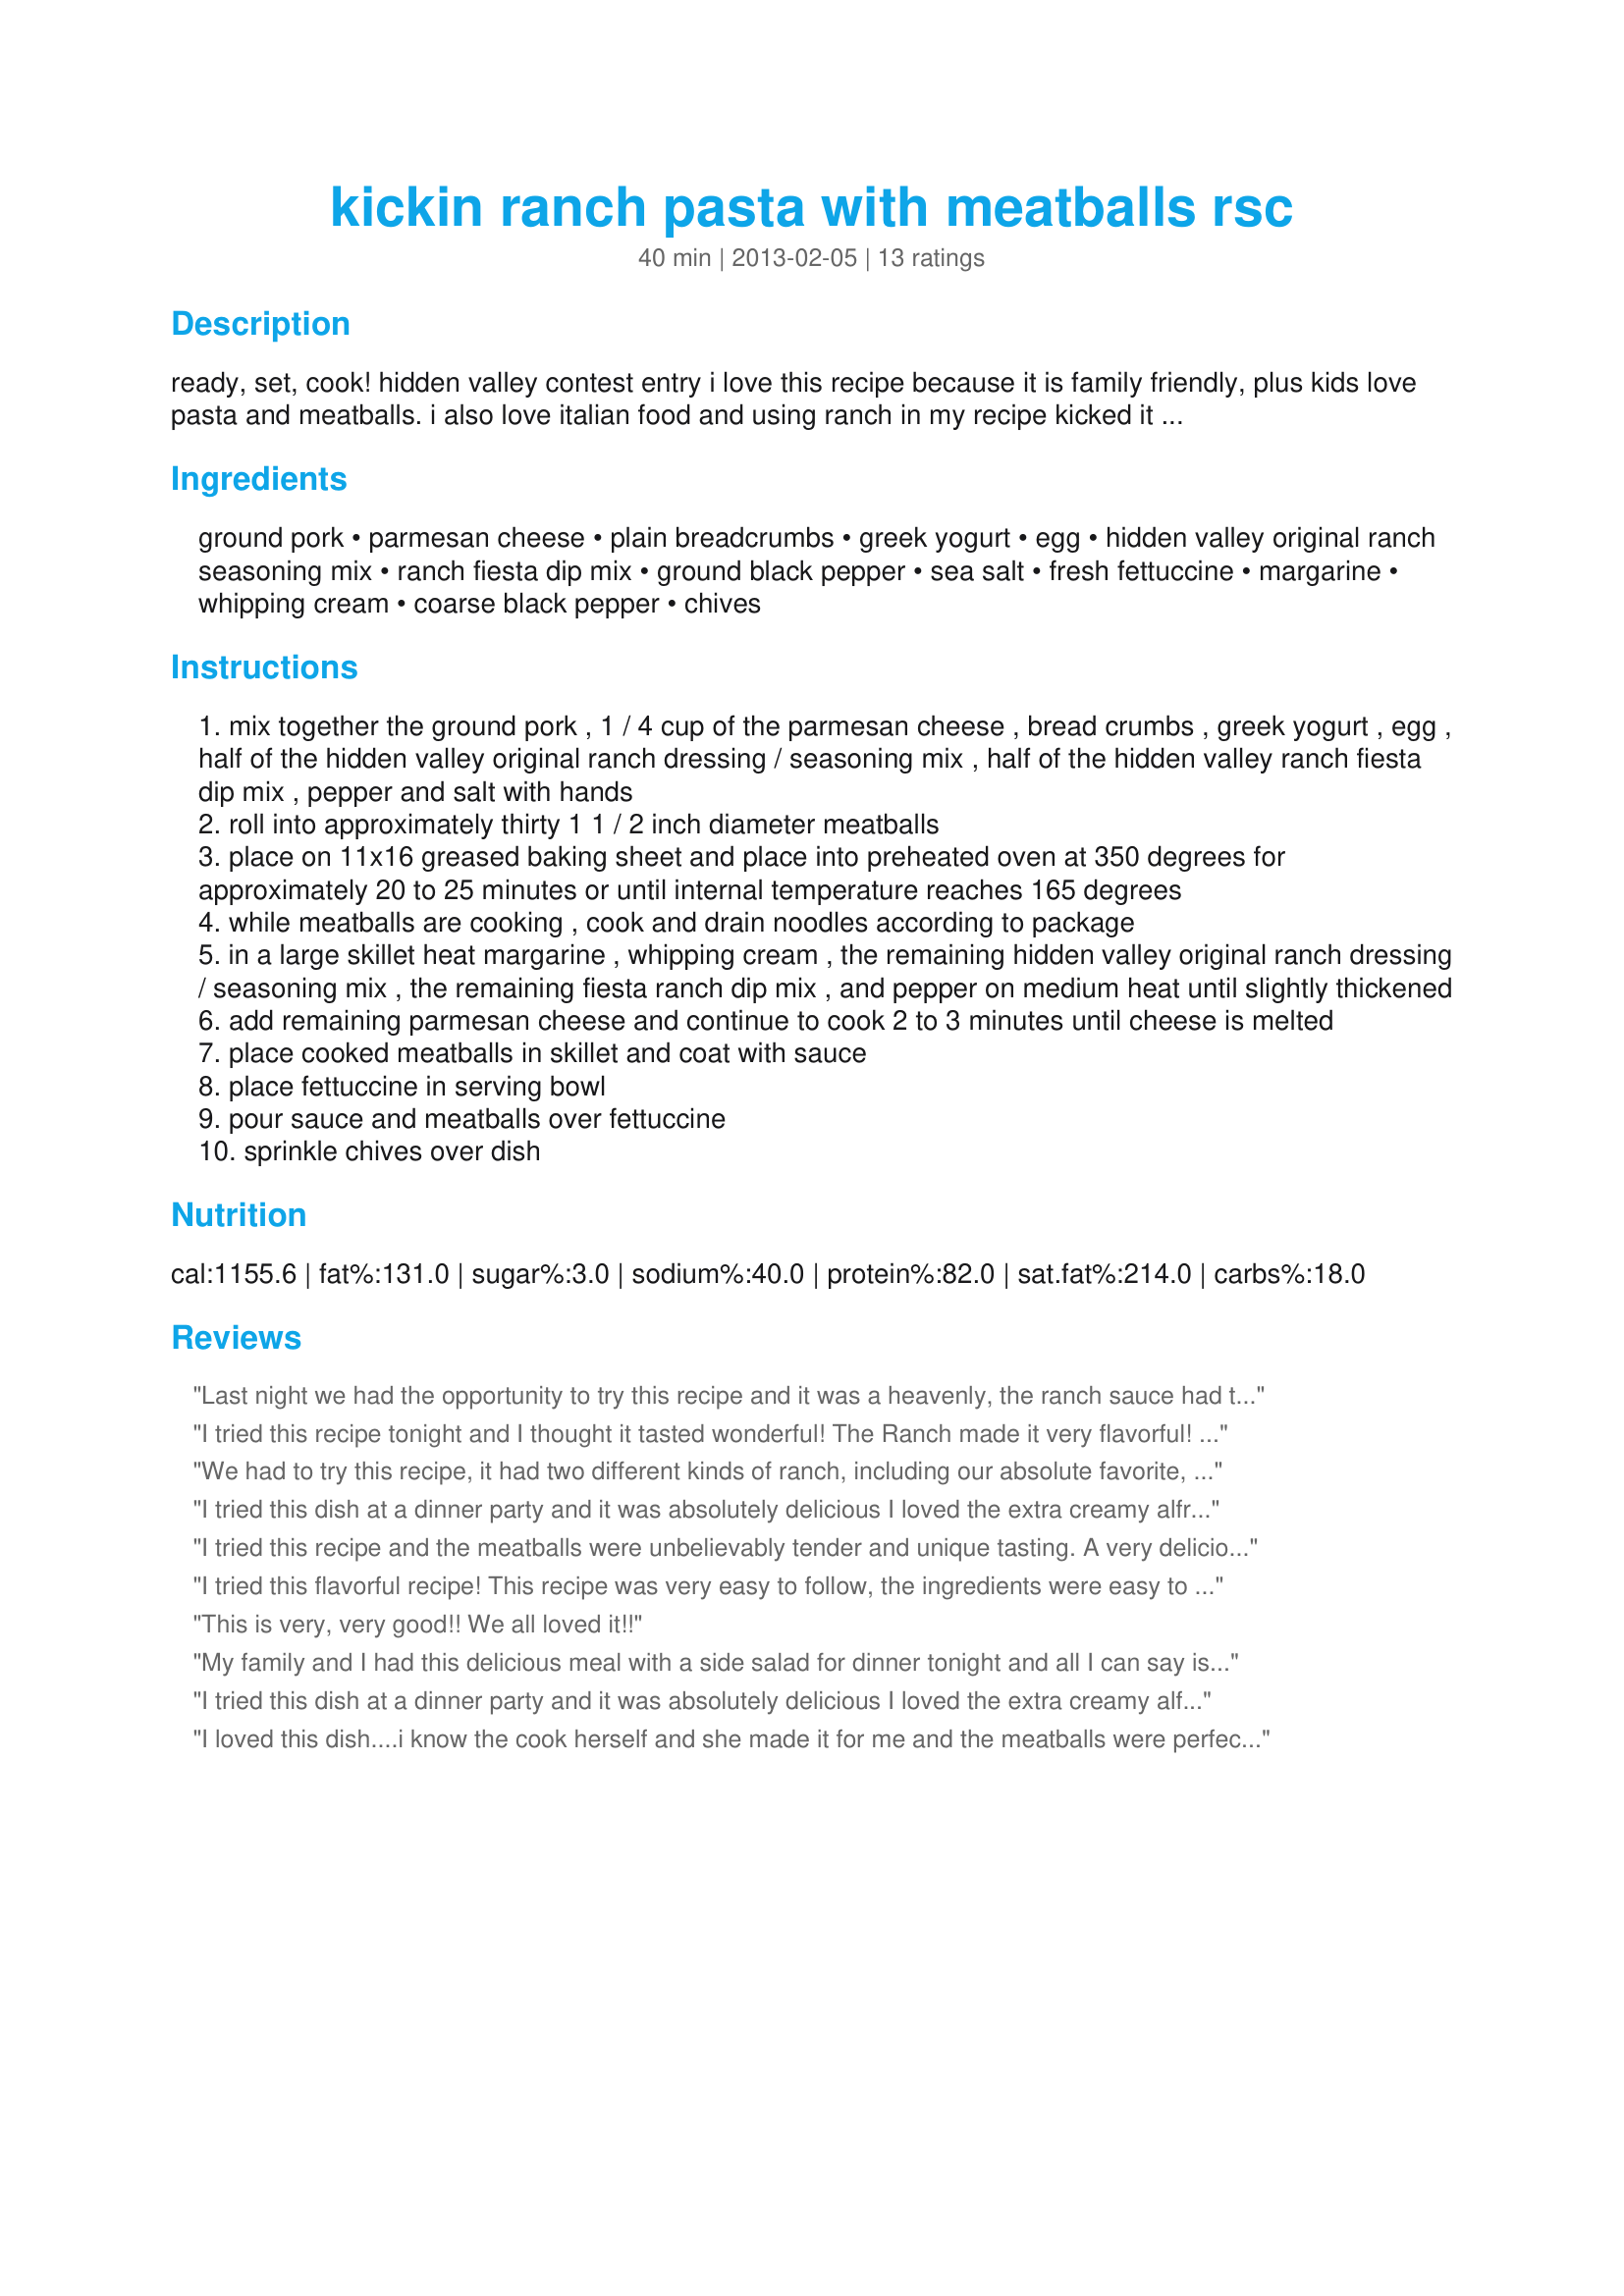
kickin ranch pasta with meatballs rsc
Preparation time: 40 minutes

ready, set, cook! hidden valley contest entry
i love this recipe because it is family friendly, plus kids love pasta and meatballs. i also love italian food and using ranch in my recipe kicked it up a notch. i created this recipe for my family to enjoy.
*tip, powdered parmesan works best for this recipe because it melts better in the sauce.

Ingredients:
ground pork, parmesan cheese, plain breadcrumbs, greek yogurt, egg, hidden valley original ranch seasoning mix, ranch fiesta dip mix, ground black pepper, sea salt, fresh fettuccine, margarine, whipping cream, coarse black pepper, chives

Steps:
mix together the ground pork , 1 / 4 cup of the parmesan cheese , bread crumbs , greek yogurt , egg , half of the hidden valley original ranch dressing / seasoning mix , half of the hidden valley ranch fiesta dip mix , pepper and salt with hands
roll into approximately thirty 1 1 / 2 inch diameter meatballs
place on 11x16 greased baking sheet and place into preheated oven at 350 degrees for approximately 20 to 25 minutes or until internal temperature reaches 165 degrees
while meatballs are cooking , cook and drain noodles according to package
in a large skillet heat margarine , whipping cream , the remaining hidden valley original ranch dressing / seasoning mix , the remaining fiesta ranch dip mix , and pepper on medium heat until slightly thickened
add remaining parmesan cheese and continue to cook 2 to 3 minutes until cheese is melted
place cooked meatballs in skillet and coat with sauce
place fettuccine in serving bowl
pour sauce and meatballs over fettuccine
sprinkle chives over dish

Reviews:
Last night we had the opportunity to try this recipe and it was a heavenly, the ranch sauce had this awesome effect to it and the meatball was tender and juicy. The meal was filling and really appetizing. I will love to use this recipe for my next get together since my entire family had a blast tasting it. Great job Becky Lo!
I tried this recipe tonight and I thought it tasted wonderful! The Ranch made it very flavorful! The combination of noodles and meatballs was perfect. I will definitely make this recipe again and again!
We had to try this recipe, it had two different kinds of ranch, including our absolute favorite, Fiesta ranch! I've made Alfredo style past before,but the flavor in this was AMAZING! Yummy, rich and my whole family loved it. My 6 year old commented on how much he liked the ranch in it too. I can see how you could add veggies like broccoli or bell peppers to it and make it your own too. Definitely a keeper in our house!
I tried this dish at a dinner party and it was absolutely delicious I loved the extra creamy alfredo sauce and the two different kinds of ranch made it very flavorful. The meatballs were so tender they seemed to melt in my mouth. Definitely a very tasty recipe that I will try again.<br/><br/>Read more at: http://www.food.com/recipe/kickin-ranch-pasta-with-meatballs-rsc-494768/review?oc=linkback
I tried this recipe and the meatballs were unbelievably tender and unique tasting. A very delicious and different dance this flavor did in my mouth!<br/>The fresh pasta was a plus in relation to normal, everyday pasta.<br/>A recipe that will be remembered and relished by all who prepare it!
I tried this flavorful recipe! This recipe was very easy to follow, the ingredients were easy to find and fairly inexpensive. The sauce was very creamy and flavorful, love the ranch flavors going on. The meatballs were moist and yummy!! Such an easy one dish meal you could easily add broccolli or some peppers to this dish or serve with a garden salad!! Love it!
This is very, very good!! We all loved it!!
My family and I had this delicious meal with a side salad for dinner tonight and all I can say is Wow!!!!! The Hidden Valley Original Ranch and Hidden Valley Fiesta Ranch bring out the tasty bold flavor in the creamy sauce. The meatballs were so tender and juicy that they literally melt in your mouth. This is one recipe that will be used in our home often and for years to come. It definitely deserves a five star rating.
I tried this dish at a dinner party and it was absolutely delicious I loved the extra creamy alfredo sauce and the two different kinds of ranch made it very flavorful. The meatballs were so tender they seemed to melt in my mouth. Definitely a very tasty recipe that I will try again.
I loved this dish....i know the cook herself and she made it for me and the meatballs were perfect super moist. had the taste of spicy but without the heat. i love that. i dont care for spicy dishes. and the alfredo sauce oh my gosh!! i just loved it. Superb!! would definitely make this for myself.
I had this recipe tonight for dinner and it was AWESOME!!! way too awesome!
I absolutely love how much flavor the meatballs have with the fiesta ranch seasoning! They taste so light but are so flavorful at the same time.. definitly keeping this as a regular recipe to make! Big plus that they are made with greek yogurt too - it makes me feel good to be eating something healthy.
I made this recipe for a dinner party and it was a huge hit! The soft meatballs combined with the creamy sauce and pasta together with the Ranch was amazing! The Ranch certainly took this dish to the next level,and we all wanted seconds! The kids loved it too!! I am already planning to make it again with some veggies. Very yummy!
